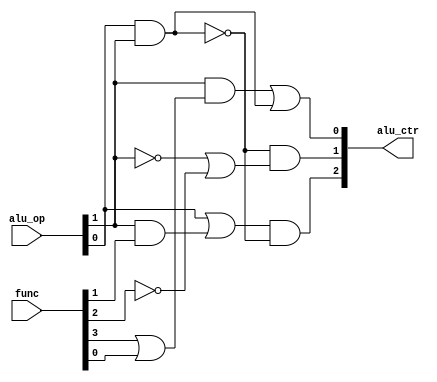
module alu_control(alu_ctr,alu_op,func);

//by convention, I wrote first outputs then inputs.
output [2:0] alu_ctr;
input [1:0] alu_op;
input [5:0] func;
wire alu_op_not1,func_not2,res_or0,res_and2,res1,res2,res3,res4,res5;
//alu_ctr[0]
or o0(res_or0,func[3],func[0]);
and a0(res1,alu_op[1],res_or0);
and a3(res2,alu_op[0],alu_op[1]);
or o4(alu_ctr[0],res1,res2);
//alu_ctr[1]
not n0(alu_op_not1,alu_op[1]);
not n1(func_not2,func[2]);
or o1(res3,alu_op_not1,func_not2);
not n2(res4,res2);
and a4(alu_ctr[1],res4,res3);
//alu_ctr[2]
and a1(res_and2,alu_op[1],func[1]);
or o2(res5,alu_op[0],res_and2);
and a5(alu_ctr[2],res5,res4);
endmodule